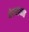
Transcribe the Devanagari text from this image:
येरवड्यात